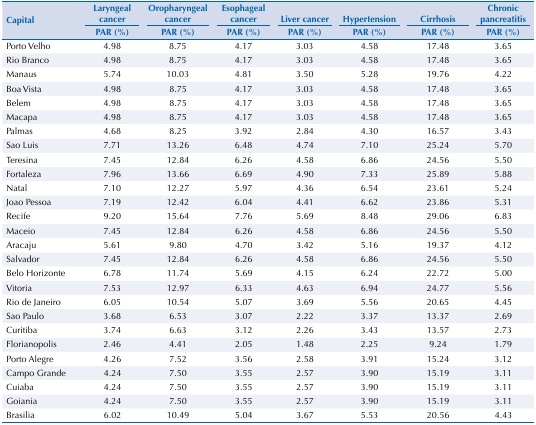
<table><thead><tr><td rowspan="3"><b>Capital</b></td><td><b>Laryngeal cancer</b></td><td><b>Oropharyngeal cancer</b></td><td><b>Esophageal cancer</b></td><td><b>Liver cancer</b></td><td><b>Hypertension</b></td><td><b>Cirrhosis</b></td><td><b>Chronic pancreatitis</b></td></tr><tr><td><b>PAR (%)</b></td><td><b>PAR (%)</b></td><td><b>PAR (%)</b></td><td><b>PAR (%)</b></td><td><b>PAR (%)</b></td><td><b>PAR (%)</b></td><td><b>PAR (%)</b></td></tr></thead><tbody><tr><td>Porto Velho</td><td>4.98</td><td>8.75</td><td>4.17</td><td>3.03</td><td>4.58</td><td>17.48</td><td>3.65</td></tr><tr><td>Rio Branco</td><td>4.98</td><td>8.75</td><td>4.17</td><td>3.03</td><td>4.58</td><td>17.48</td><td>3.65</td></tr><tr><td>Manaus</td><td>5.74</td><td>10.03</td><td>4.81</td><td>3.50</td><td>5.28</td><td>19.76</td><td>4.22</td></tr><tr><td>Boa Vista</td><td>4.98</td><td>8.75</td><td>4.17</td><td>3.03</td><td>4.58</td><td>17.48</td><td>3.65</td></tr><tr><td>Belem</td><td>4.98</td><td>8.75</td><td>4.17</td><td>3.03</td><td>4.58</td><td>17.48</td><td>3.65</td></tr><tr><td>Macapa</td><td>4.98</td><td>8.75</td><td>4.17</td><td>3.03</td><td>4.58</td><td>17.48</td><td>3.65</td></tr><tr><td>Palmas</td><td>4.68</td><td>8.25</td><td>3.92</td><td>2.84</td><td>4.30</td><td>16.57</td><td>3.43</td></tr><tr><td>Sao Luis</td><td>7.71</td><td>13.26</td><td>6.48</td><td>4.74</td><td>7.10</td><td>25.24</td><td>5.70</td></tr><tr><td>Teresina</td><td>7.45</td><td>12.84</td><td>6.26</td><td>4.58</td><td>6.86</td><td>24.56</td><td>5.50</td></tr><tr><td>Fortaleza</td><td>7.96</td><td>13.66</td><td>6.69</td><td>4.90</td><td>7.33</td><td>25.89</td><td>5.88</td></tr><tr><td>Natal</td><td>7.10</td><td>12.27</td><td>5.97</td><td>4.36</td><td>6.54</td><td>23.61</td><td>5.24</td></tr><tr><td>Joao Pessoa</td><td>7.19</td><td>12.42</td><td>6.04</td><td>4.41</td><td>6.62</td><td>23.86</td><td>5.31</td></tr><tr><td>Recife</td><td>9.20</td><td>15.64</td><td>7.76</td><td>5.69</td><td>8.48</td><td>29.06</td><td>6.83</td></tr><tr><td>Maceio</td><td>7.45</td><td>12.84</td><td>6.26</td><td>4.58</td><td>6.86</td><td>24.56</td><td>5.50</td></tr><tr><td>Aracaju</td><td>5.61</td><td>9.80</td><td>4.70</td><td>3.42</td><td>5.16</td><td>19.37</td><td>4.12</td></tr><tr><td>Salvador</td><td>7.45</td><td>12.84</td><td>6.26</td><td>4.58</td><td>6.86</td><td>24.56</td><td>5.50</td></tr><tr><td>Belo Horizonte</td><td>6.78</td><td>11.74</td><td>5.69</td><td>4.15</td><td>6.24</td><td>22.72</td><td>5.00</td></tr><tr><td>Vitoria</td><td>7.53</td><td>12.97</td><td>6.33</td><td>4.63</td><td>6.94</td><td>24.77</td><td>5.56</td></tr><tr><td>Rio de Janeiro</td><td>6.05</td><td>10.54</td><td>5.07</td><td>3.69</td><td>5.56</td><td>20.65</td><td>4.45</td></tr><tr><td>Sao Paulo</td><td>3.68</td><td>6.53</td><td>3.07</td><td>2.22</td><td>3.37</td><td>13.37</td><td>2.69</td></tr><tr><td>Curitiba</td><td>3.74</td><td>6.63</td><td>3.12</td><td>2.26</td><td>3.43</td><td>13.57</td><td>2.73</td></tr><tr><td>Florianopolis</td><td>2.46</td><td>4.41</td><td>2.05</td><td>1.48</td><td>2.25</td><td>9.24</td><td>1.79</td></tr><tr><td>Porto Alegre</td><td>4.26</td><td>7.52</td><td>3.56</td><td>2.58</td><td>3.91</td><td>15.24</td><td>3.12</td></tr><tr><td>Campo Grande</td><td>4.24</td><td>7.50</td><td>3.55</td><td>2.57</td><td>3.90</td><td>15.19</td><td>3.11</td></tr><tr><td>Cuiaba</td><td>4.24</td><td>7.50</td><td>3.55</td><td>2.57</td><td>3.90</td><td>15.19</td><td>3.11</td></tr><tr><td>Goiania</td><td>4.24</td><td>7.50</td><td>3.55</td><td>2.57</td><td>3.90</td><td>15.19</td><td>3.11</td></tr><tr><td>Brasilia</td><td>6.02</td><td>10.49</td><td>5.04</td><td>3.67</td><td>5.53</td><td>20.56</td><td>4.43</td></tr></tbody></table>